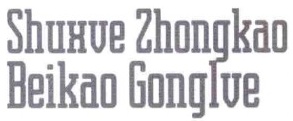
Shuxue Zhongkao\\
Beikao Gonglue